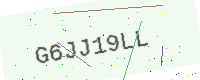
Text: G6JJ19LL